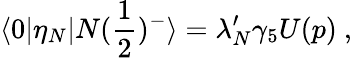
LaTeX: \langle 0|\eta_{N}|N({\frac{1}{2}})^{-}\rangle=\lambda_{N}^{\prime}\gamma_{5}U(p)\ ,